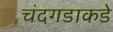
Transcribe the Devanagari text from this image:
चंदगडाकडे